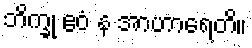
ဘိက္ခု ဧဝံ န အာဟာရေတိ။